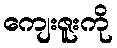
ကျေးဇူးကို